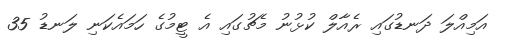
އަމިއްލަ ދަނޑުގައި ރެއާލް ކުޅުނު މެޗުގައި އެ ޓީމުގެ ހަމައެކަނި ލަނޑު 35